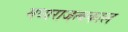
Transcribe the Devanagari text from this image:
मध्यराजत्वकाल